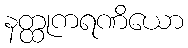
နတ္ထုကရဏိယော